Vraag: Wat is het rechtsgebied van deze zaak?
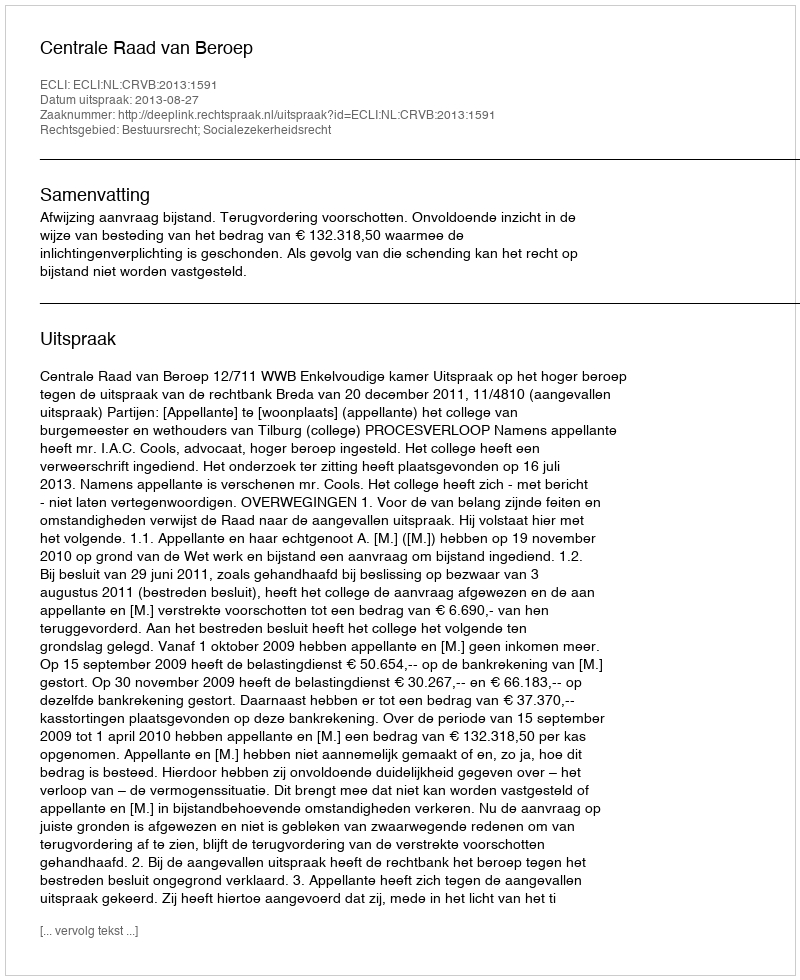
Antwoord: Bestuursrecht; Socialezekerheidsrecht